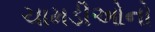
ચામડીઓનો